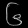
Digit: ၆